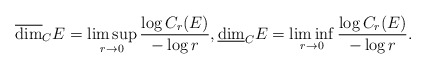
\begin{align*}\overline{\dim}_CE= \limsup_{r \to 0}\frac{\log C_r(E)}{-\log r}, \underline{\dim}_CE= \liminf_{r \to 0}\frac{\log C_r(E)}{-\log r}.\end{align*}